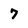
Character: 7